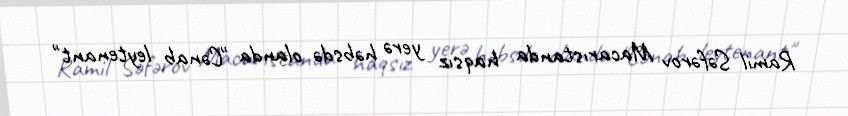
Ramil Səfərov Macarıstanda haqsız yerə həbsdə olanda "Cənab leytenant"